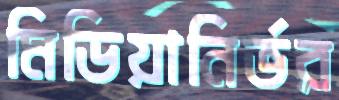
মিডিয়ানির্ভর